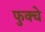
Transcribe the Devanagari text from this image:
फुक्चे